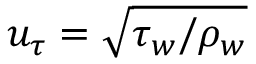
u _ { \tau } = \sqrt { \tau _ { w } / \rho _ { w } }